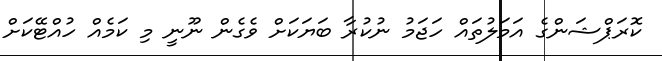
ކޮރަޕްޝަންގެ އަމަލުތައް ހަޖަމު ނުކުރާ ބަޔަކަށް ވެގެން ނޫނީ މި ކަމެއް ހުއްޓޭކަށް